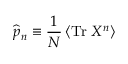
\widehat { p } _ { n } \equiv \frac { 1 } { N } \left\langle \mathrm { T r } \; X ^ { n } \right\rangle